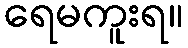
ရေမကူးရ။